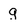
Character: g